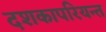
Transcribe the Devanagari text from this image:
दशकापरियन्त